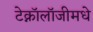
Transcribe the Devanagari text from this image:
टेक्नॉलॉजीमधे